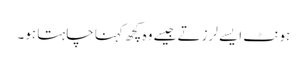
ہونٹ ایسے لرزتے جیسے وہ کچھ کہنا چاہتا ہو۔